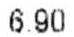
6.90